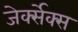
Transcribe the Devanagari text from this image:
जेर्क्सेक्स